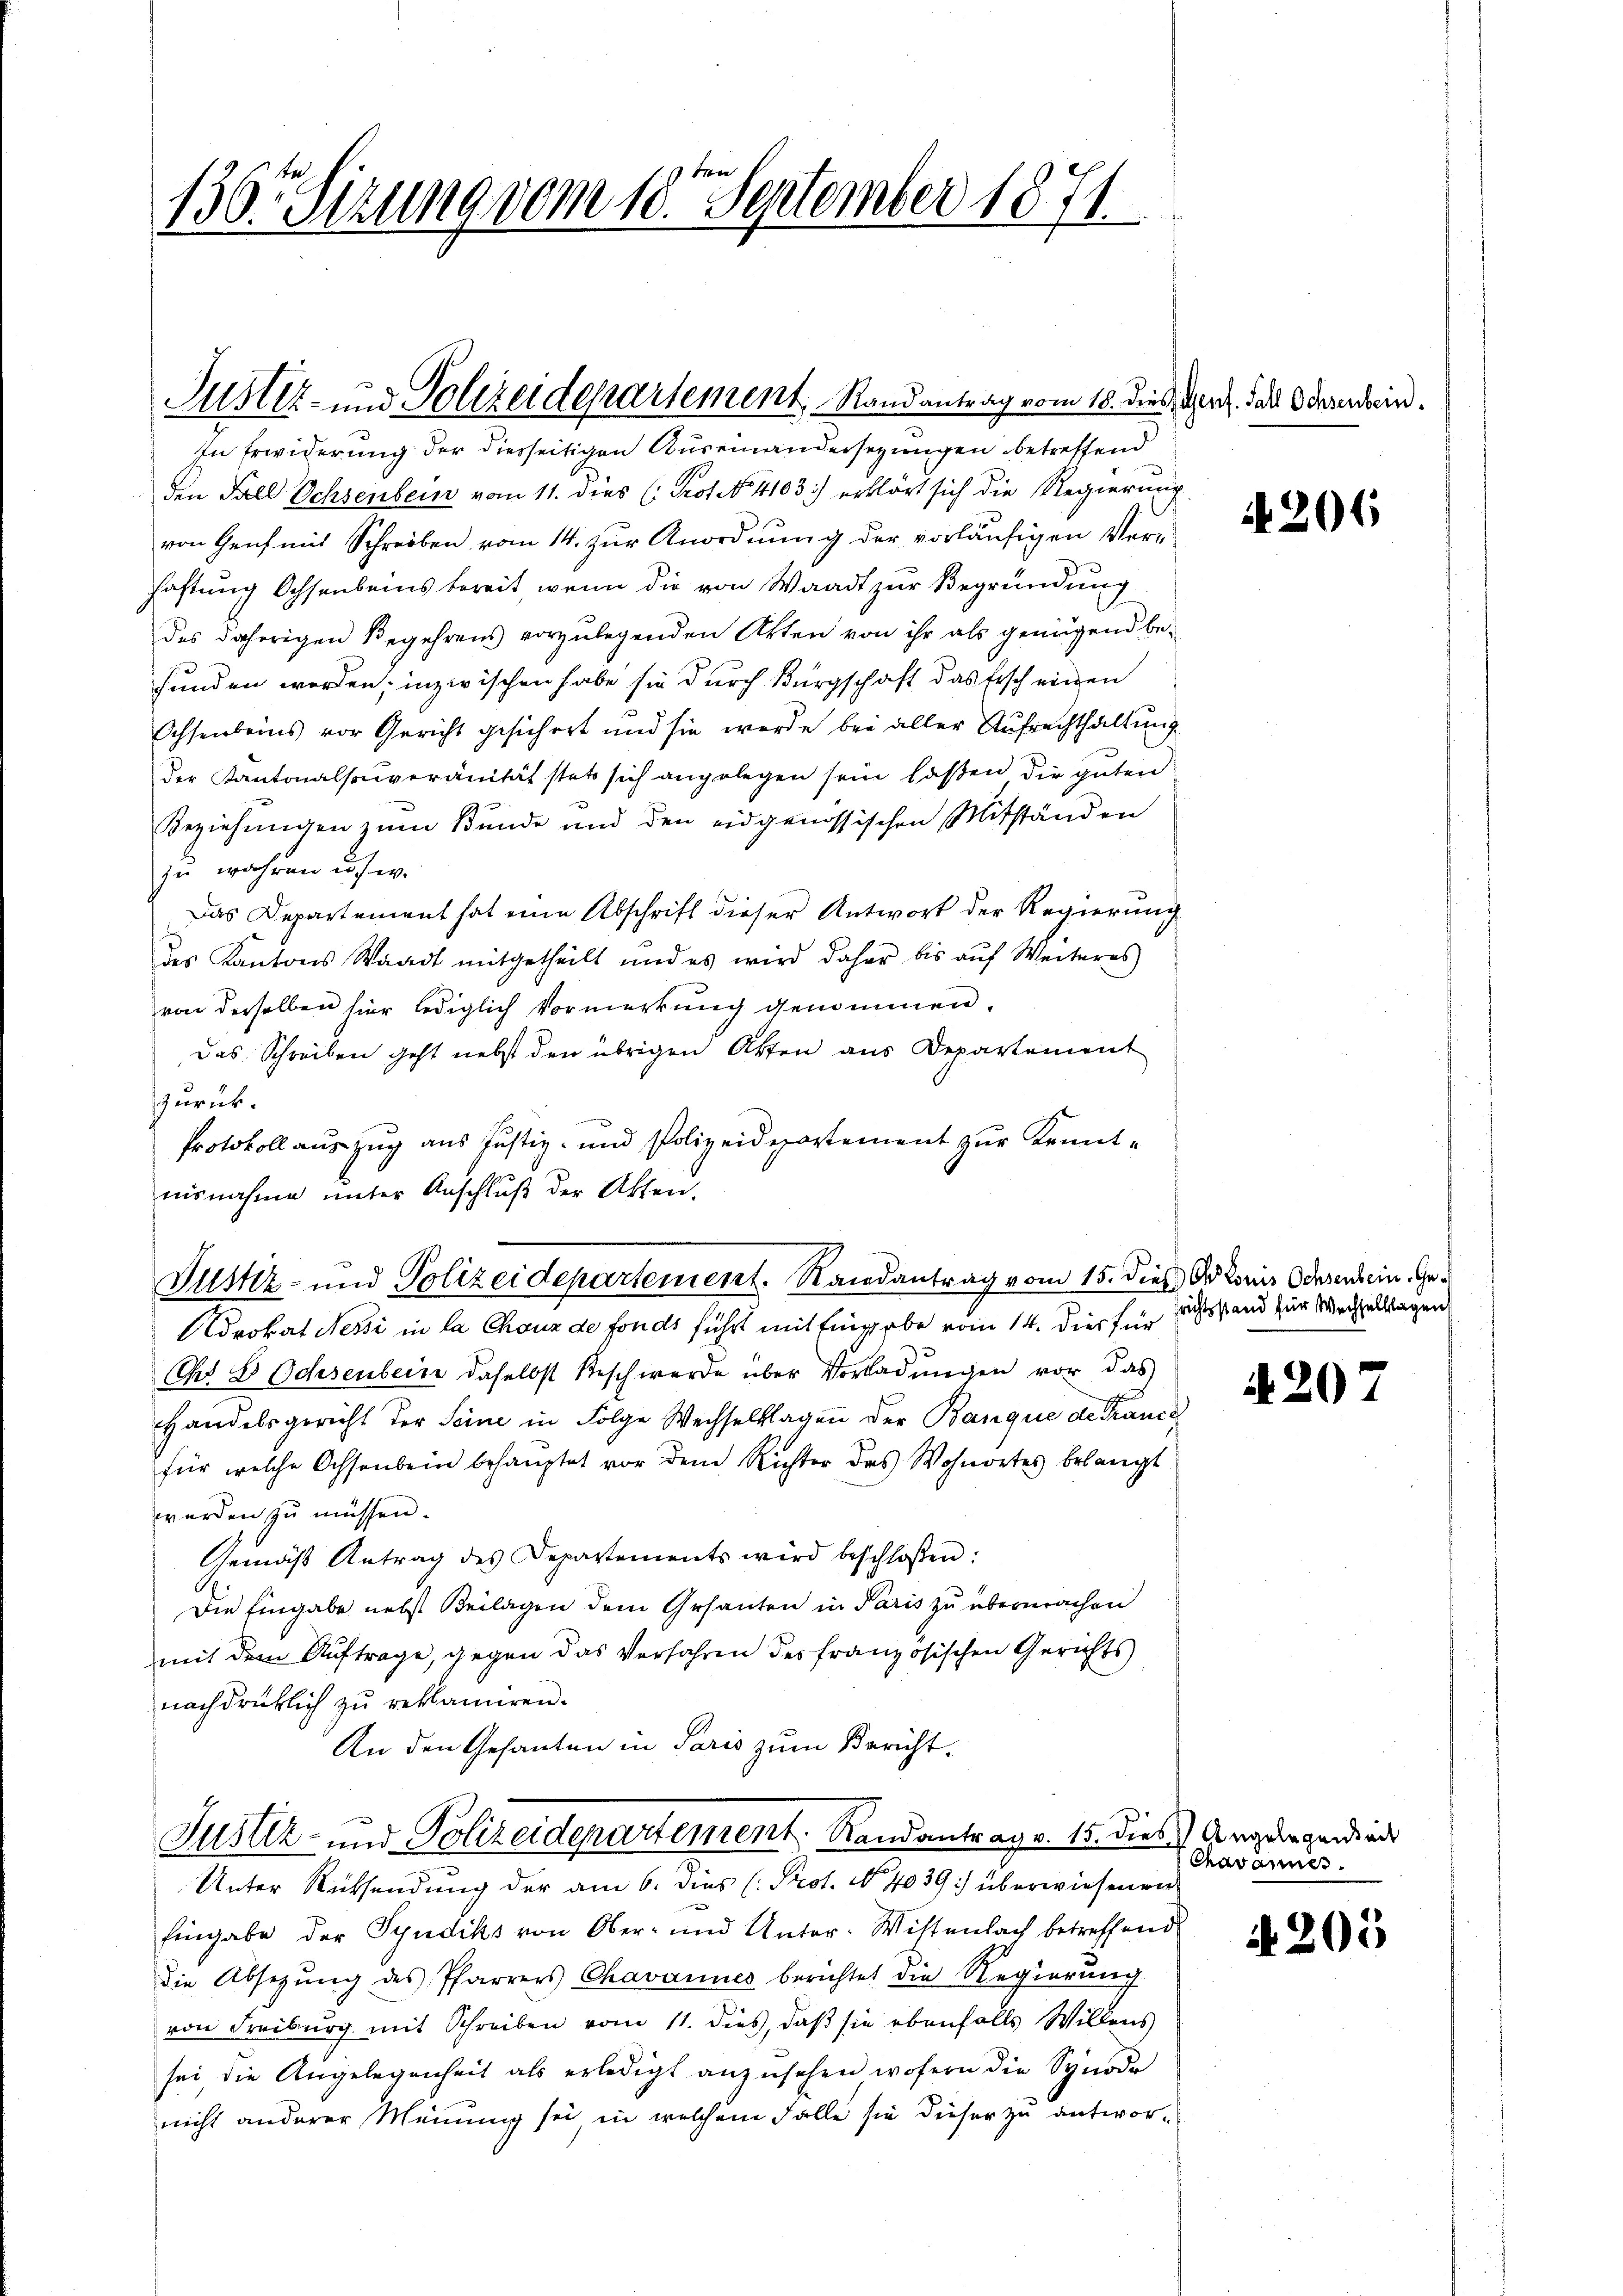
In Erwiderung der diesseitigen Auseinandersezungen betreffend
den Fall Ochsenbein vom 11. dies (: Prot. No. 4103) erklärt sich die Regierung
von Genf mit Schreiben vom 14. zŭr Anordnŭng der vorläŭfigen Ver-
haftung Ochsenbeins bereit, wenn die von Waadt zur Begründung
des daherigen Begehrens vorzulegenden Akten von ihr als genügend be-
funden worden; inzwischen habe sie durch Bürgschaft das Ersch einen
Ochsenbeins vor Gericht gesichert und sie werde bei aller Aufrechthaltung
der Kantonalsouveränität stet sich angelegen sein laßen die guten
Beziehungen zum Bunde und den eidgenössischen Mitständen
zu wahren u.s. w.
Das Departement hat eine Abschrift dieser Antwort der Regierung
des Kantons Waadt mitgetheilt und es wird daher bis aŭf Weiteres
von derselben hier lediglich Vormerkung genommen.
Das Schreiben geht nebst den übrigen Akten aus Departement
zurück.
Protokoll auszug aus Justiz- und Polizeidepartement zur Kenntisnahme ŭnter Anschlŭβ der Akten.
Vustiz- und Polizeidepartement. Randantrag vom 15. dieß dekoris Ochsendein Ge¬
Adrokat Nessi in la Choux de fonds führt mit Eingabe vom 14. Dies für sichtsstand zur Mechalklagen
Chr 8 Ochsenbern daselbst Beschwerde über Vorladŭngen vor das
Handelsgericht der Seine in Folge Wechselklagen der Banque de Tranie
für welche Ochsenbein behauptet vor dem Richter des Wohnortes belangt
werden zŭ müssen.
Gemäß Antrag des Departements wird beschloßen:
Die Eingabe nebst Beilagen dem Gesanten in Paris zu übermachen
mit dem Auftrage, gegen das Verfahren des französischen Gerichts
nachdrücklich zu reklamiren.
An den Gesanten in Paris zum Bericht.

7
136. Sizung vom 10. September 1871

Justiz- und Polizeidepartement, Randantrag vom 18. dies Herz. das Oderendrin¬

Justiz- und Polizeidepartement. Randantrag v. 15. dies Angeorgends act
Unter Rücksendung der am 6. dies (Prot. No. 4039:) überwiesenen

Eingabe der Syndiks von Ober- und Unter-Wistenbach betreffend
die Absezung des Pfarrers Chavannes berichtet die Regierung
von Freiburg mit Schreiben vom 11. dies, daß sie ebenfalls Willens
sei, die Angelegenheit als erledigt anzusehen wofern die Synode
nicht anderer Meinung sei in welchem Falle sie dieser zu antwor¬

A 206

A.207

Chavannes.

4205